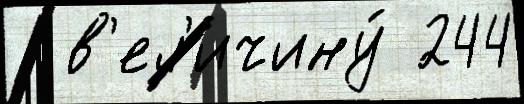
  в'ел'ичину́ 244